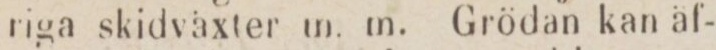
riga skidväxter m. m. Grödan kan äf-